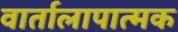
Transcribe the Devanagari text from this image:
वार्तालापात्मक